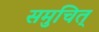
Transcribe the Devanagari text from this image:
समुचित्